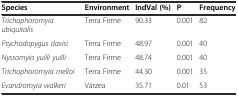
<table><thead><tr><td><b>Species</b></td><td><b>Environment</b></td><td><b>IndVal (%)</b></td><td><b>P</b></td><td><b>Frequency</b></td></tr></thead><tbody><tr><td><i>Trichophoromyia ubiquitalis</i></td><td>Terra Firme</td><td>90.33</td><td>0.001</td><td>82</td></tr><tr><td><i>Psychodopygus davisi</i></td><td>Terra Firme</td><td>48.97</td><td>0.001</td><td>40</td></tr><tr><td><i>Nyssomyia yuilli yuilli</i></td><td>Terra Firme</td><td>48.74</td><td>0.001</td><td>40</td></tr><tr><td><i>Trichophoromyia melloi</i></td><td>Terra Firme</td><td>44.30</td><td>0.001</td><td>35</td></tr><tr><td><i>Evandromyia walkeri</i></td><td>Várzea</td><td>35.71</td><td>0.01</td><td>53</td></tr></tbody></table>